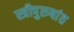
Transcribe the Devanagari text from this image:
स्त्रीपुरुषांत